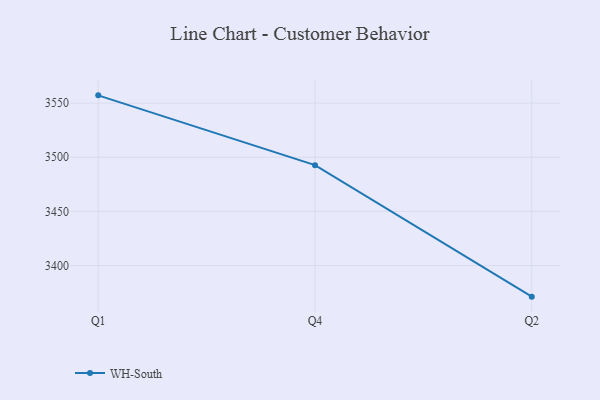
{"axis": {"x": "Quarter", "y": "Satisfaction Score"}, "legend": ["WH-South"], "data": [{"x": "Q1", "y": 3557.2, "type": "WH-South"}, {"x": "Q4", "y": 3492.7, "type": "WH-South"}, {"x": "Q2", "y": 3371.2, "type": "WH-South"}]}